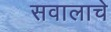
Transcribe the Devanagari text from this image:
सवालाचे